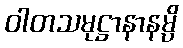
ဝါတသမုဋ္ဌာနာနမ္ပိ